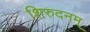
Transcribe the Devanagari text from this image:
शिरुदनम्